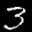
Label: 3